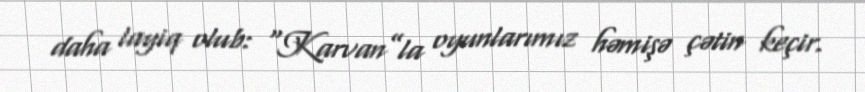
daha layiq olub: “Karvan”la oyunlarımız həmişə çətin keçir.